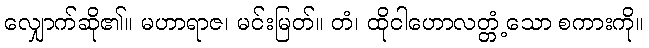
လျှောက်ဆို၏။ မဟာရာဇ၊ မင်းမြတ်။ တံ၊ ထိုငါဟောလတ္တံ့သော စကားကို။